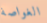
الغواصة